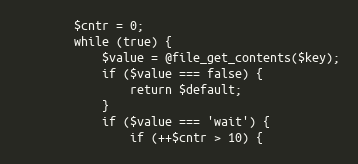
Language: PHP
        $cntr = 0;
        while (true) {
            $value = @file_get_contents($key);
            if ($value === false) {
                return $default;
            }
            if ($value === 'wait') {
                if (++$cntr > 10) {